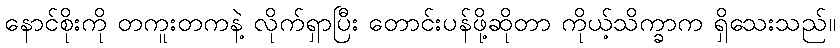
နောင်စိုးကို တကူးတကနဲ့ လိုက်ရှာပြီး တောင်းပန်ဖို့ဆိုတာ ကိုယ့်သိက္ခာက ရှိသေးသည်။